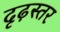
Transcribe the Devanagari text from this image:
दृढ़स्तर